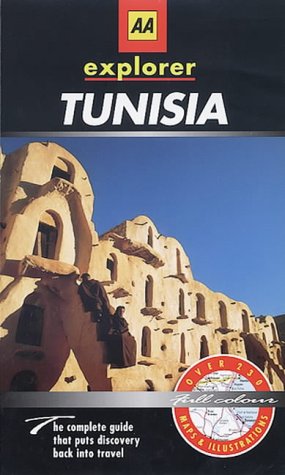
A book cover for Tunisia (AA Explorer); Anthony Sattin; Travel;